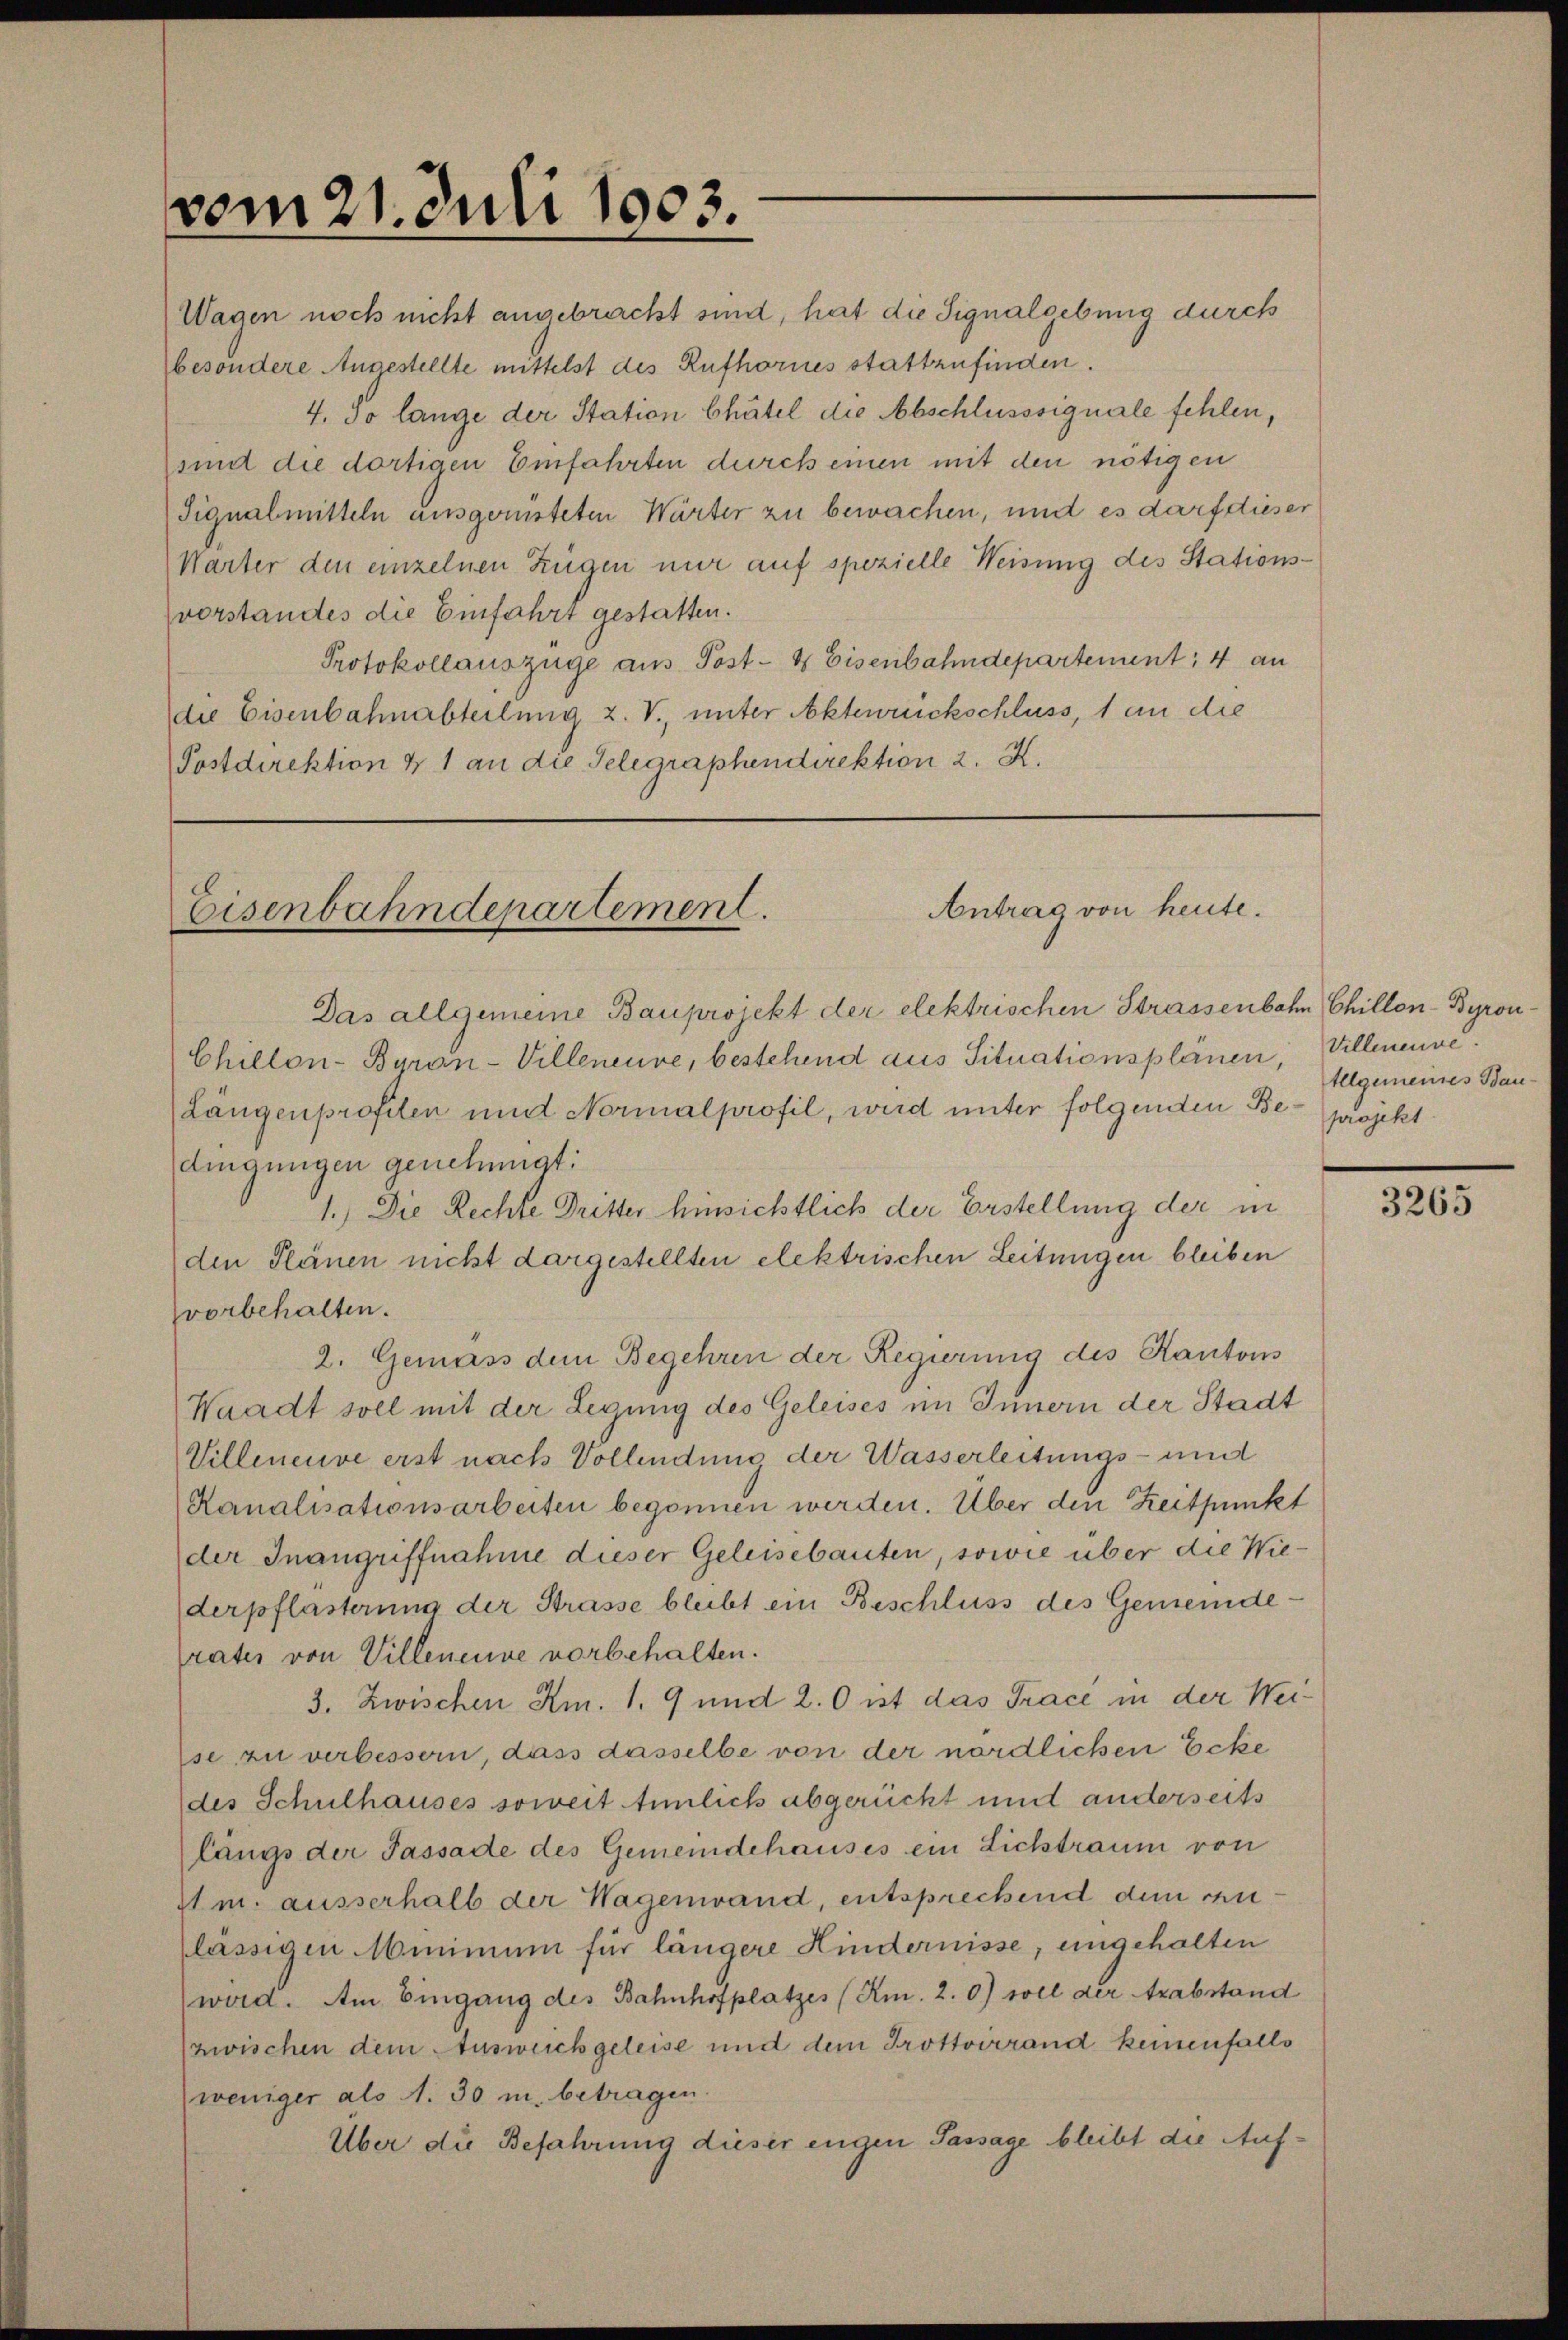
vom 21. Juli 1903.

Antrag von heute.
Eisenbahndepartement.

Wagen noch nicht angebracht sind, hat die Signalgebung durch
besondere Angestellte mittelst des Rufhornes stattzufinden.
4. So lange der Station bhätel die Abschlusssignale fehlen,
sind die dortigen Einfahrten durch einen mit den nötigen
Signalmitteln ausgerüsteten Wärter zu bewachen, und es darf dieser
Warter den einzelnen Zügen nur auf spezielle Weisung des Stationsvorstandes die Einfahrt gestatten.
Protokollauszüge aus Post- & Eisenbahndepartement; 4 an
die Eisenbahnabteilung z. V., unter Aktewrickschluss, 1 an die
Postdirektion & 1 an die Telegraphendirektion 2. X.

Das allgemeine Bauprojekt der elektrischen Strassenbahn Chillon-Byron
Chillon-Byran-Villeneure, bestehend aus Situationsplänen,
(Längenprofiten und Normalprofil, wird unter folgenden Bedingungen genehmigt:
1.) Die Rechte Dritter hinsichtlich der Erstellung der in
den Plänen nicht dargestellten elektrischen Leitungen bleiben
Zvorbehalten.
2. Gemäss dem Begehren der Regierung des Kantons
Waadt soll mit der Legung des Geleises im Innern der Stadt
Villeneuve erst nach Vollendung der Wasserleitungs- und
Kanalisationsarbeiten begonnen werden. Über den Zeitpunkt
der Inangriffnahme dieser Geleisebauten, sowie über die Wie-
derpflasterung der Strasse bleibt ein Beschluss des Gemeinde-
rates von Villenenne vorbehalten.
3. Zwischen Am. 1. 9 und 2. 0 ist das Trace in der Weise zu verbessern, dass dasselbe von der nördlichen Ecke
des Schulhauses soweit Annlich abgerückt und anderseits
längs der Passade des Gemeindehauses ein Lichtraum von
4m. ausserhalb der Wagenwand, entsprechend dem culässigen Minimum für längere Kindernisse, eingehalten
ward. Am Eingang des Bahnhofplatzes (Am. 2. 0) wel der Arabstand
zwischen dem Ausweich geleise und dem Trottoirrand keinenfalls
weniger als A. 30 m. betragen.
Über die Befahrung dieser engen Passage bleibt die Auf¬

Villmenve
Allgemeines Bauprojekt

3265